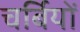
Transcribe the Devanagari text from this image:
चर्बियों